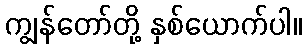
ကျွန်တော်တို့ နှစ်ယောက်ပါ။